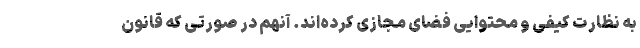
به نظارت کیفی و محتوایی فضای مجازی کرده‌‌اند. آنهم در صورتی که قانون